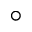
^ { \circ }